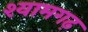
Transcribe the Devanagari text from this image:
श्यामगढ़